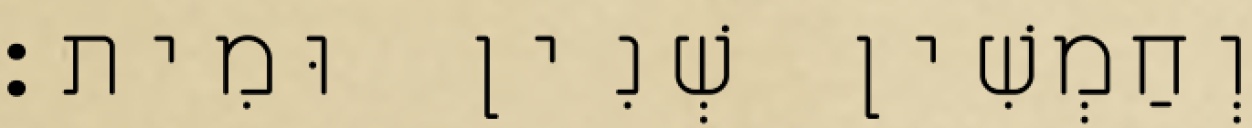
וְחַמְשִׁין שְׁנִין וּמִית׃